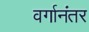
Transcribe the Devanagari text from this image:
वर्गानंतर